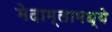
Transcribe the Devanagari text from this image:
मेदाम्लामध्ये